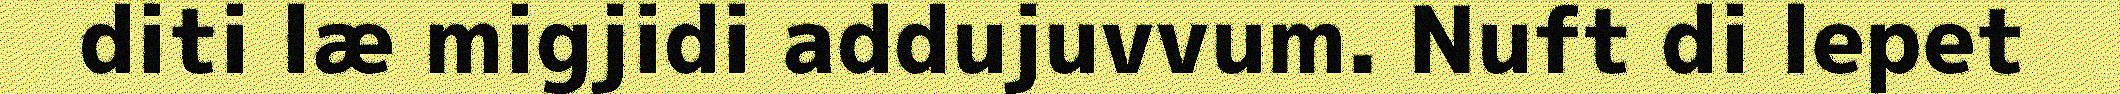
diti læ migjidi addujuvvum. Nuft di lepet